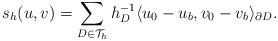
LaTeX: \begin{align*} s_{h}(u,v) = \sum\limits_{D\in\mathcal{T}_h} h_D^{-1}\langle u_0-u_b, v_0-v_b\rangle_{\partial D}.\end{align*}